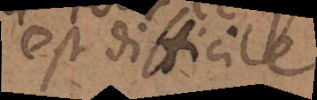
est difficile.